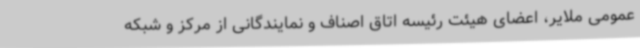
عمومی ملایر، اعضای هیئت رئیسه اتاق اصناف و نمایندگانی از مرکز و شبکه